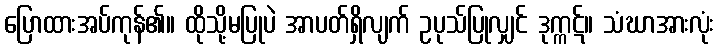
ပြောထားအပ်ကုန်၏။ ထိုသို့မပြုပဲ အာပတ်ရှိလျက် ဥပုသ်ပြုလျှင် ဒုက္ကဋ်။ သံဃာအားလုံး